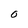
Character: O